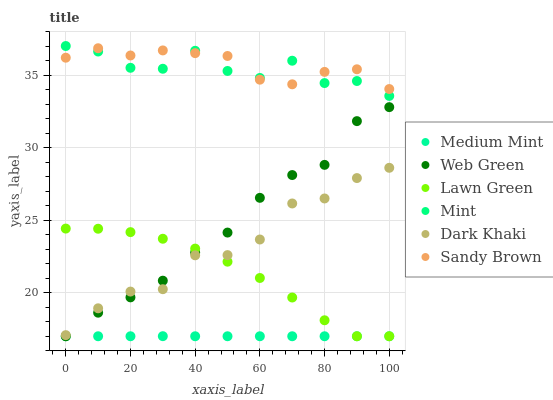
| xaxis_label | Medium Mint | Web Green | Lawn Green | Mint | Dark Khaki | Sandy Brown |
 | --- | --- | --- | --- | --- | --- | --- |
 | 0 | 17 | 17 | 24.4 | 37 | 17.1 | 36.2 |
 | 10 | 17 | 18.6 | 24.4 | 36.6 | 18.9 | 36.8 |
 | 20 | 17 | 19.7 | 24.2 | 35.5 | 20.1 | 36.3 |
 | 30 | 17 | 20.8 | 23.7 | 35.4 | 20.2 | 36.7 |
 | 40 | 17 | 22.8 | 23 | 36.7 | 22.6 | 36.5 |
 | 50 | 17 | 24.1 | 22.1 | 35.3 | 22.6 | 36.3 |
 | 60 | 17 | 26.5 | 21 | 34.8 | 23.7 | 34.7 |
 | 70 | 17 | 28.1 | 19.7 | 36 | 26.2 | 34.4 |
 | 80 | 17 | 28.8 | 18.1 | 34.4 | 26.5 | 35.2 |
 | 90 | 17 | 31.8 | 17 | 34.6 | 27.9 | 35.4 |
 | 100 | 17 | 32.8 | 17 | 33.6 | 28.6 | 34 |